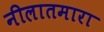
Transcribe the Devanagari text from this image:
नीलातमारा